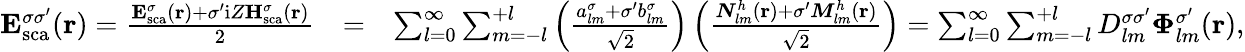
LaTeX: \begin{array}{rlr}{{\mathbf E}_{\mathrm{{sca}}}^{\sigma\sigma^{\prime}}({\mathbf r})=\frac{{\mathbf E}_{\mathrm{sca}}^{\sigma}({\mathbf r})+\sigma^{\prime}\mathrm{i}Z{\mathbf H}_{\mathrm{sca}}^{\sigma}({\mathbf r})}{2}}&{=}&{\sum_{l=0}^{\infty}\sum_{m=-l}^{+l}\left(\frac{{a_{lm}^{\sigma}+\sigma^{\prime}b_{lm}^{\sigma}}}{\sqrt{2}}\right)\left(\frac{{\boldsymbol{N}}_{lm}^{h}({\mathbf r})+\sigma^{\prime}{\boldsymbol{M}}_{lm}^{h}({\mathbf r})}{\sqrt{2}}\right)=\sum_{l=0}^{\infty}\sum_{m=-l}^{+l}D_{lm}^{\sigma\sigma^{\prime}}\boldsymbol{\Phi}_{lm}^{\sigma^{\prime}}({\mathbf r}),}\end{array}